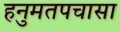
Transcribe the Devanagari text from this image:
हनुमतपचासा